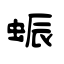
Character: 蜄